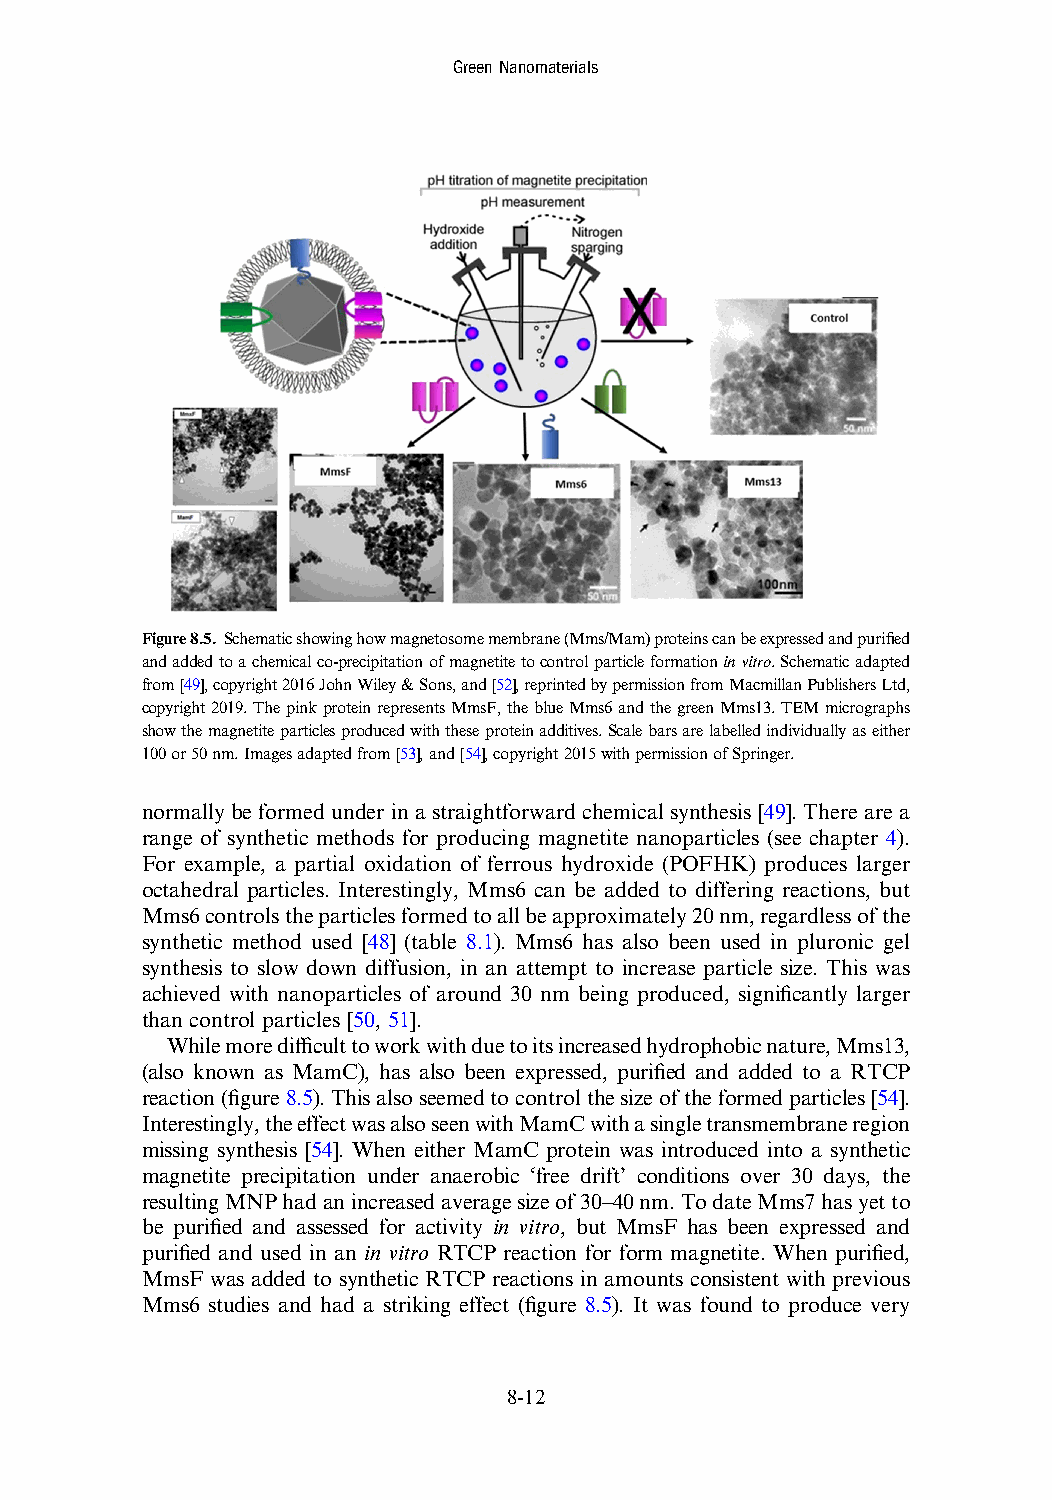
GreenNanomaterials
 Figure8.5. Schematicshowinghowmagnetosomemembrane(Mms/Mam)proteinscanbeexpressedandpurified
 andaddedtoachemicalco-precipitationofmagnetitetocontrolparticleformationinvitro.Schematicadapted
 from[49],copyright2016JohnWiley&Sons,and[52],reprintedbypermissionfromMacmillanPublishersLtd,
 copyright2019.ThepinkproteinrepresentsMmsF,theblueMms6andthegreenMms13.TEMmicrographs
 showthemagnetiteparticlesproducedwiththeseproteinadditives.Scalebarsarelabelledindividuallyaseither
 100or50nm.Imagesadaptedfrom[53],and[54],copyright2015withpermissionofSpringer.
 normally be formed under in a straightforward chemical synthesis [49]. There are a
 range of synthetic methods for producing magnetite nanoparticles (see chapter 4).
 For example, a partial oxidation of ferrous hydroxide (POFHK) produces larger
 octahedral particles. Interestingly, Mms6 can be added to differing reactions, but
 Mms6controlstheparticlesformedtoallbeapproximately20nm,regardlessofthe
 synthetic method used [48] (table 8.1). Mms6 has also been used in pluronic gel
 synthesis to slow down diffusion, in an attempt to increase particle size. This was
 achieved with nanoparticles of around 30 nm being produced, significantly larger
 than control particles [50, 51].
 Whilemoredifficulttoworkwithduetoitsincreasedhydrophobicnature,Mms13,
 (also known as MamC), has also been expressed, purified and added to a RTCP
 reaction(figure8.5).Thisalsoseemedtocontrolthesizeoftheformedparticles[54].
 Interestingly,theeffectwasalsoseenwithMamCwithasingletransmembraneregion
 missing synthesis [54]. When either MamC protein was introduced into a synthetic
 magnetite precipitation under anaerobic ‘free drift’ conditions over 30 days, the
 resultingMNPhadanincreasedaveragesizeof30–40nm.TodateMms7hasyetto
 be purified and assessed for activity in vitro, but MmsF has been expressed and
 purified and used in an in vitro RTCP reaction for form magnetite. When purified,
 MmsF was added to synthetic RTCP reactions in amounts consistent with previous
 Mms6 studies and had a striking effect (figure 8.5). It was found to produce very
 8-12